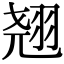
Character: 翘